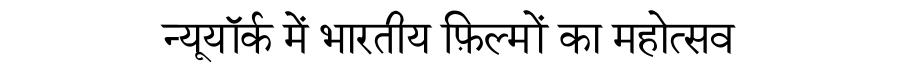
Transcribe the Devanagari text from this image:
न्यूयॉर्क में भारतीय फ़िल्मों का महोत्सव